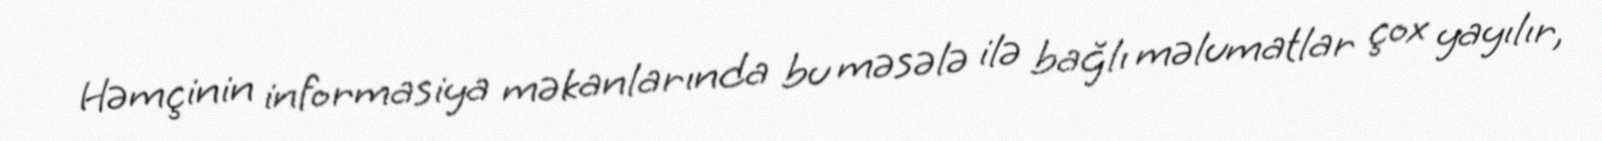
Həmçinin informasiya məkanlarında bu məsələ ilə bağlı məlumatlar çox yayılır,